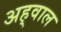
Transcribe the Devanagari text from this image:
अह्‌वाल